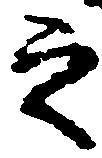
之